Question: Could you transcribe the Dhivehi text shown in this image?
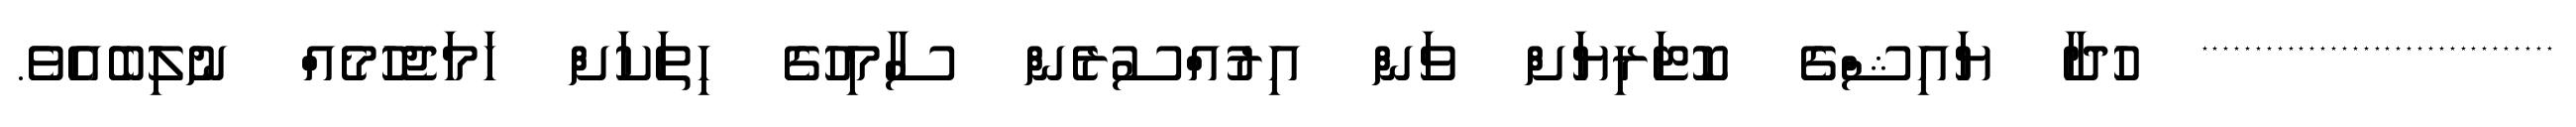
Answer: ********************************* ހުދާ ޔައިޝްގެ ކޮޓަރިޔަށް ވަން އިރުއްސުރެން ސާމިހުގެ ހިތަކަށް ހަމަޖެހުމެއް ނުލިބެއެވެ.